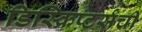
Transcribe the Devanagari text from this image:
डिस्क्रिप्टर्सची